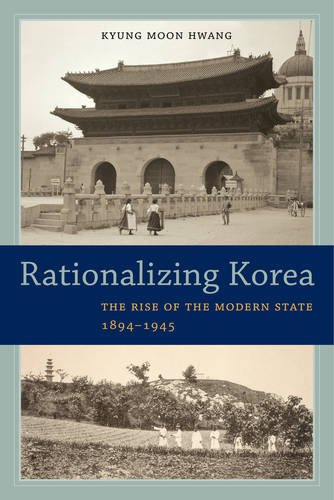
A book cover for Rationalizing Korea: The Rise of the Modern State, 1894-1945; Kyung Moon Hwang; History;